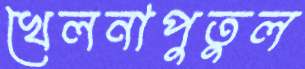
খেলনাপুতুল